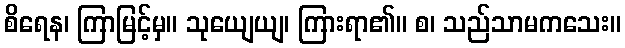
စိရေန၊ ကြာမြင့်မှ။ သုယျေယျ၊ ကြားရာ၏။ စ၊ သည်သာမကသေး။